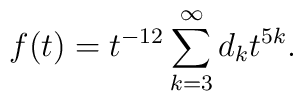
f(t)=t^{-12}\sum_{k=3}^\infty d_kt^{5k}.